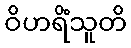
ဝိဟရိံသူတိ